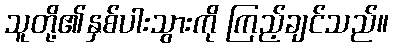
သူတို့၏နှစ်ပါးသွားကို ကြည့်ချင်သည်။